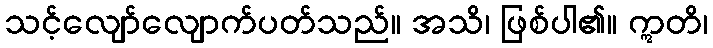
သင့်လျော်လျောက်ပတ်သည်။ အသိ၊ ဖြစ်ပါ၏။ ဣတိ၊